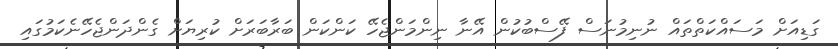
ގަޑިއަށް މަސައްކަތްތައް ނުނިމުނަސް ފޭސްބުކުން އޭނާ ނިންމަންޖެހޭ ކަންކަން ބަރާބަރަށް ކުރިޔަށް ގެންދަންޖެހޭނެކަމުގައި